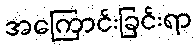
အကြောင်းခြင်းရာ